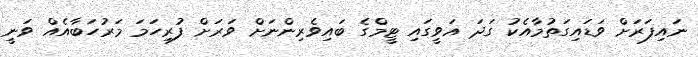
ނައިފަރަށް ވަޑައިގަތުމާއެކު ގަދަ އަވީގައި ޓީމްގެ ބައިވެރިންނަށް ވަރަށް ފުރިހަމަ މަރުހަބާއެއް ވަނީ